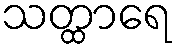
သတ္ထာရေ